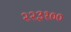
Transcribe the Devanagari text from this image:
२२३१००